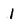
Character: l